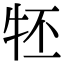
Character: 𤘹